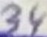
Text: 34